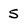
Character: 5